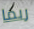
ربما